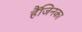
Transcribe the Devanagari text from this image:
हैंजिनका